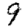
Digit: 9